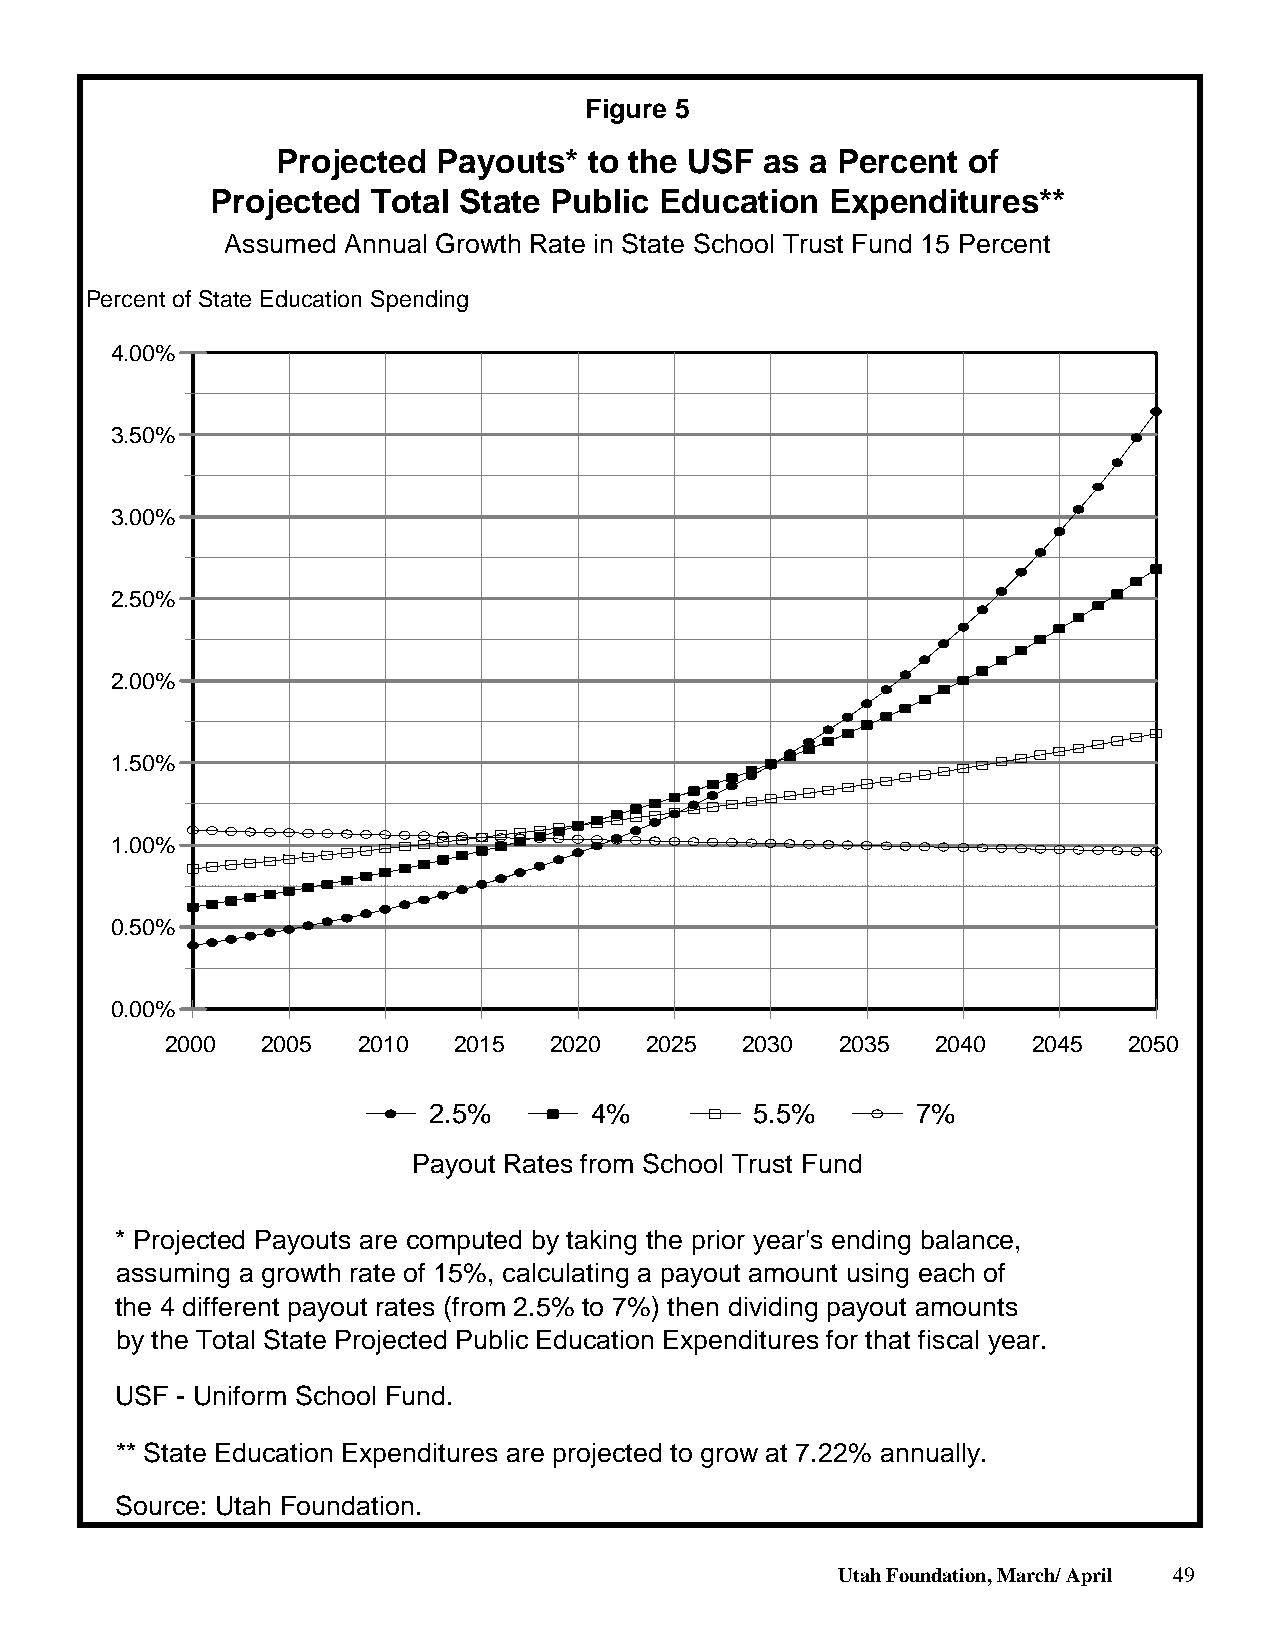
Figure 5
 Projected  Payouts*  to the USF  as a Percent of
 Projected  Total State Public Education  Expenditures**
 Assumed Annual Growth Rate in State School Trust Fund 15 Percent
 Percent of State Education Spending
 4.00%
 3.50%
 3.00%
 2.50%
 2.00%
 1.50%
 1.00%
 0.50%
 0.00%
 2000  2005   2010  2015  2020   2025  2030   2035  2040  2045   2050
 2.5%       4%         5.5%       7%
 Payout Rates from School Trust Fund
 * Projected Payouts are computed by taking the prior year's ending balance,
 assuming a growth rate of 15%, calculating a payout amount using each of
 the 4 different payout rates (from 2.5% to 7%) then dividing payout amounts
 by the Total State Projected Public Education Expenditures for that fiscal year.
 USF - Uniform School Fund.
 ** State Education Expenditures are projected to grow at 7.22% annually.
 Source: Utah Foundation.
 Utah Foundation, March/ April 49